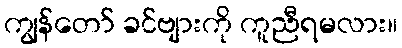
ကျွန်တော် ခင်ဗျားကို ကူညီရမလား။